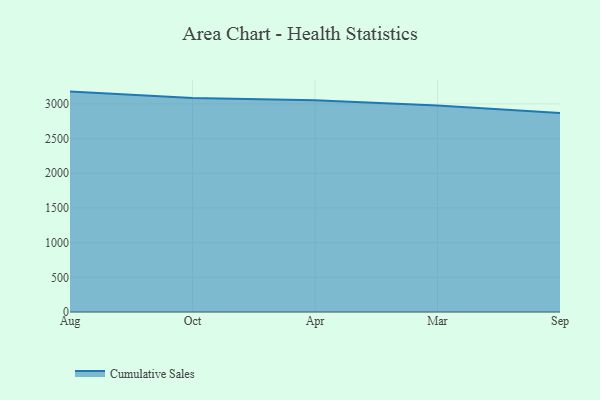
{"axis": {"x": "Month", "y": "Page Views"}, "legend": ["Cumulative Sales"], "data": [{"x": "Aug", "y": 3177.4, "type": "Cumulative Sales"}, {"x": "Oct", "y": 3086.4, "type": "Cumulative Sales"}, {"x": "Apr", "y": 3053.6, "type": "Cumulative Sales"}, {"x": "Mar", "y": 2977.0, "type": "Cumulative Sales"}, {"x": "Sep", "y": 2867.6, "type": "Cumulative Sales"}]}